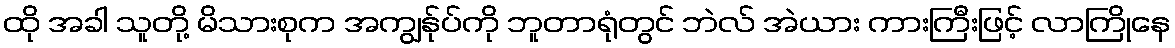
ထို အခါ သူတို့ မိသားစုက အကျွန်ုပ်ကို ဘူတာရုံတွင် ဘဲလ် အဲယား ကားကြီးဖြင့် လာကြိုနေ